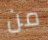
من